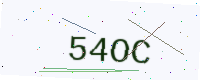
Text: 54OC